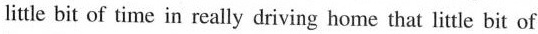
little bit of time in really driving home that little bit of